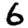
Digit: 6